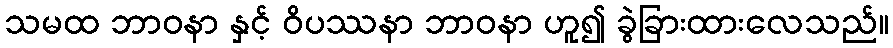
သမထ ဘာဝနာ နှင့် ဝိပဿနာ ဘာဝနာ ဟူ၍ ခွဲခြားထားလေသည်။